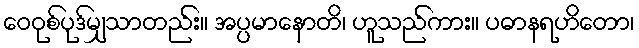
ဝေဝုစ်ပုဒ်မျှသာတည်း။ အပ္ပမာနောတိ၊ ဟူသည်ကား။ ပဓာနရဟိတော၊